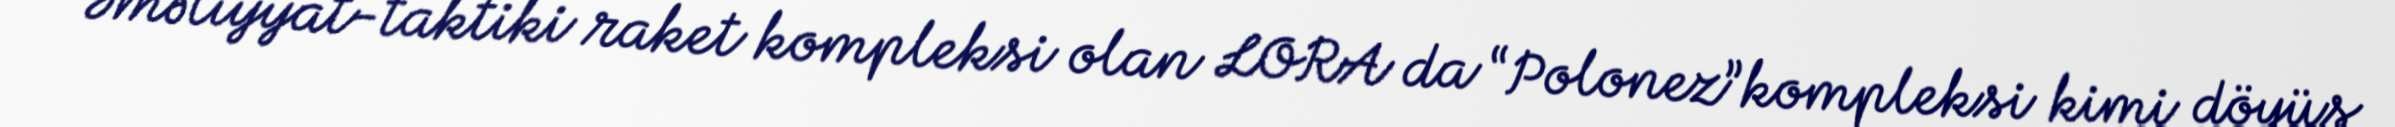
Əməliyyat-taktiki raket kompleksi olan LORA da “Polonez”kompleksi kimi döyüş